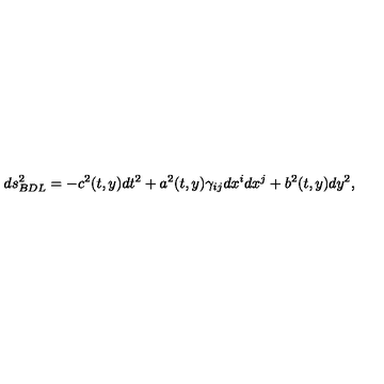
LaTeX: d s _ { B D L } ^ { 2 } = - c ^ { 2 } ( t , y ) d t ^ { 2 } + a ^ { 2 } ( t , y ) \gamma _ { i j } d x ^ { i } d x ^ { j } + b ^ { 2 } ( t , y ) d y ^ { 2 } ,